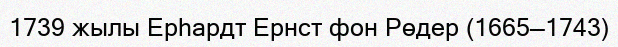
1739 жылы Ерһардт Ернст фон Рөдер (1665—1743)